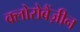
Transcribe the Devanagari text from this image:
क्लोरोबैंज़ीन